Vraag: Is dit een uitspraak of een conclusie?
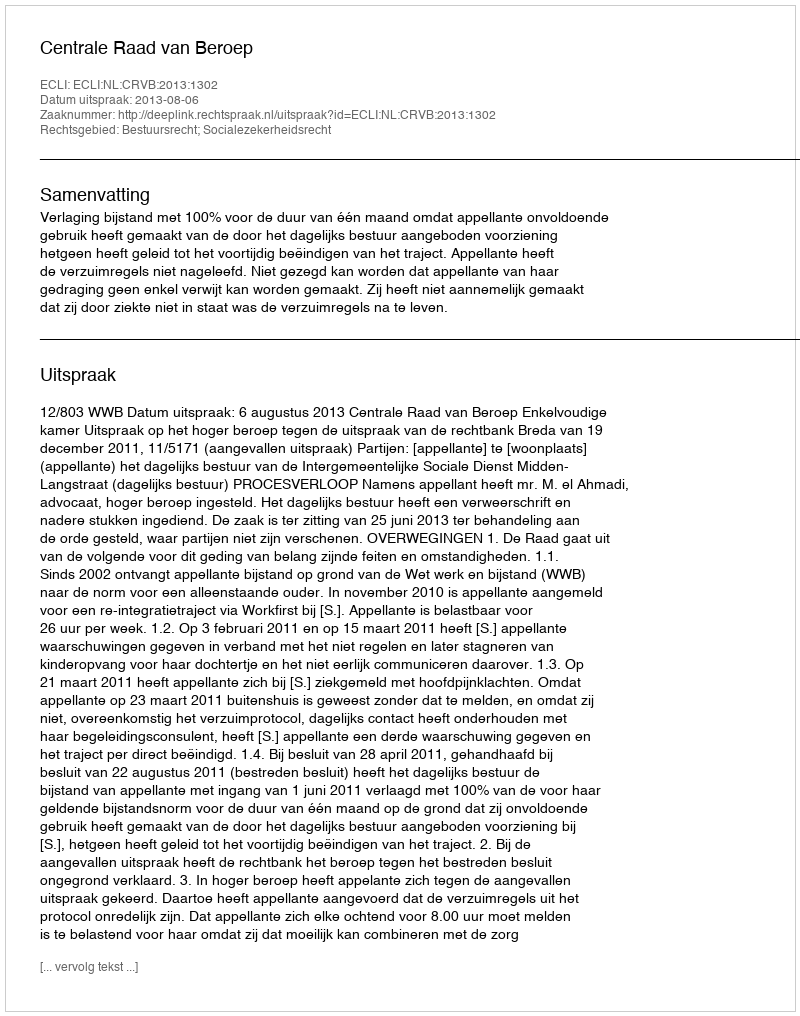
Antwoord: Uitspraak